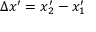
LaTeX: \Delta x ^ { \prime } = x _ { 2 } ^ { \prime } - x _ { 1 } ^ { \prime }